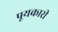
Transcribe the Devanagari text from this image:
पूयकारी